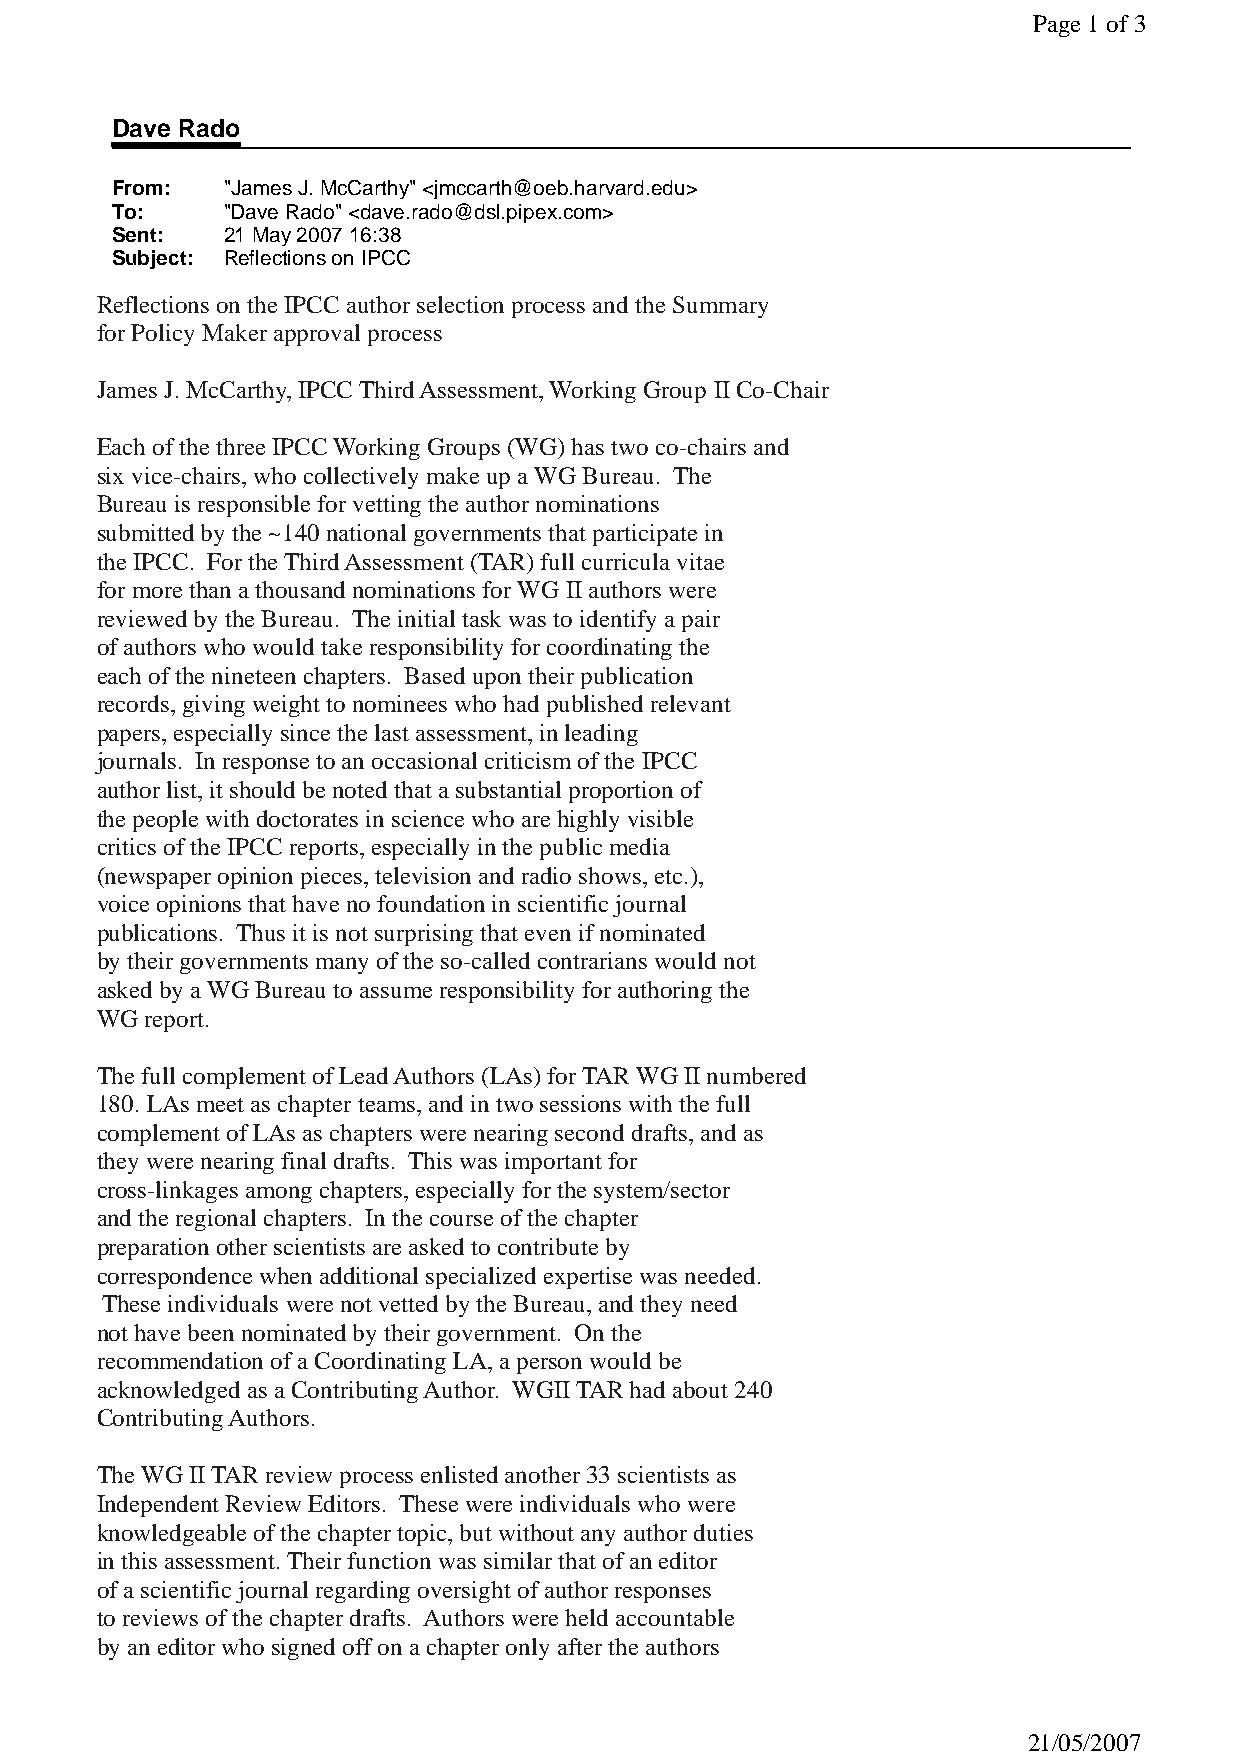
Page 1of 3
 Dave Rado
 From:   "James J. McCarthy" <jmccarth@oeb.harvard.edu>
 To:     "Dave Rado" <dave.rado@dsl.pipex.com>
 Sent:   21 May 2007 16:38
 Subject: Reflections on IPCC
 Reflections on the IPCC author selection process and the Summary
 for Policy Maker approval process
 James J. McCarthy, IPCC Third Assessment, Working Group II Co-Chair
 Each of the three IPCC Working Groups (WG) has two co-chairs and
 six vice-chairs, who collectively make up a WG Bureau. The
 Bureau is responsible for vetting the author nominations
 submitted by the ~140 national governments that participate in
 the IPCC. For the Third Assessment (TAR) full curricula vitae
 for more than a thousand nominations for WG II authors were
 reviewed by the Bureau. The initial task was to identify a pair
 of authors who would take responsibility for coordinating the
 each of the nineteen chapters. Based upon their publication
 records, giving weight to nominees who had published relevant
 papers, especially since the last assessment, in leading
 journals. In response to an occasional criticism of the IPCC
 author list, it should be noted that a substantial proportion of
 the people with doctorates in science who are highly visible
 critics of the IPCC reports, especially in the public media
 (newspaper opinion pieces, television and radio shows, etc.),
 voice opinions that have no foundation in scientific journal
 publications. Thus it is not surprising that even if nominated
 by their governments many of the so-called contrarians would not
 asked by a WG Bureau to assume responsibility for authoring the
 WG  report.
 The full complement of Lead Authors (LAs) for TAR WG II numbered
 180. LAs meet as chapter teams, and in two sessions with the full
 complement of LAs as chapters were nearing second drafts, and as
 they were nearing final drafts. This was important for
 cross-linkages among chapters, especially for the system/sector
 and the regional chapters. In the course of the chapter
 preparation other scientists are asked to contribute by
 correspondence when additional specialized expertise was needed.
 These individuals were not vetted by the Bureau, and they need
 not have been nominated by their government. On the
 recommendation of a Coordinating LA, a person would be
 acknowledged as a Contributing Author. WGII TAR had about 240
 Contributing Authors.
 The WG II TAR review process enlisted another 33 scientists as
 Independent Review Editors. These were individuals who were
 knowledgeable of the chapter topic, but without any author duties
 in this assessment. Their function was similar that of an editor
 of a scientific journal regarding oversight of author responses
 to reviews of the chapter drafts. Authors were held accountable
 by an editor who signed off on a chapter only after the authors
 21/05/2007